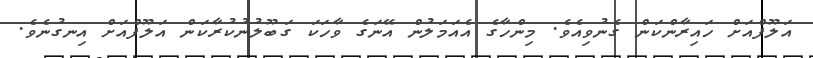
އަލޫފްއަށް ހައިރާންކަން ގެނުވިއެވެ. މިންހާގެ އެއަމަލުން އޭނަގެ ވާހަކަ ގަބޫލުނުކުރާކަން އަލޫފްއަށް އިނގުނެވެ.